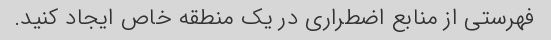
فهرستی از منابع اضطراری در یک منطقه خاص ایجاد کنید.